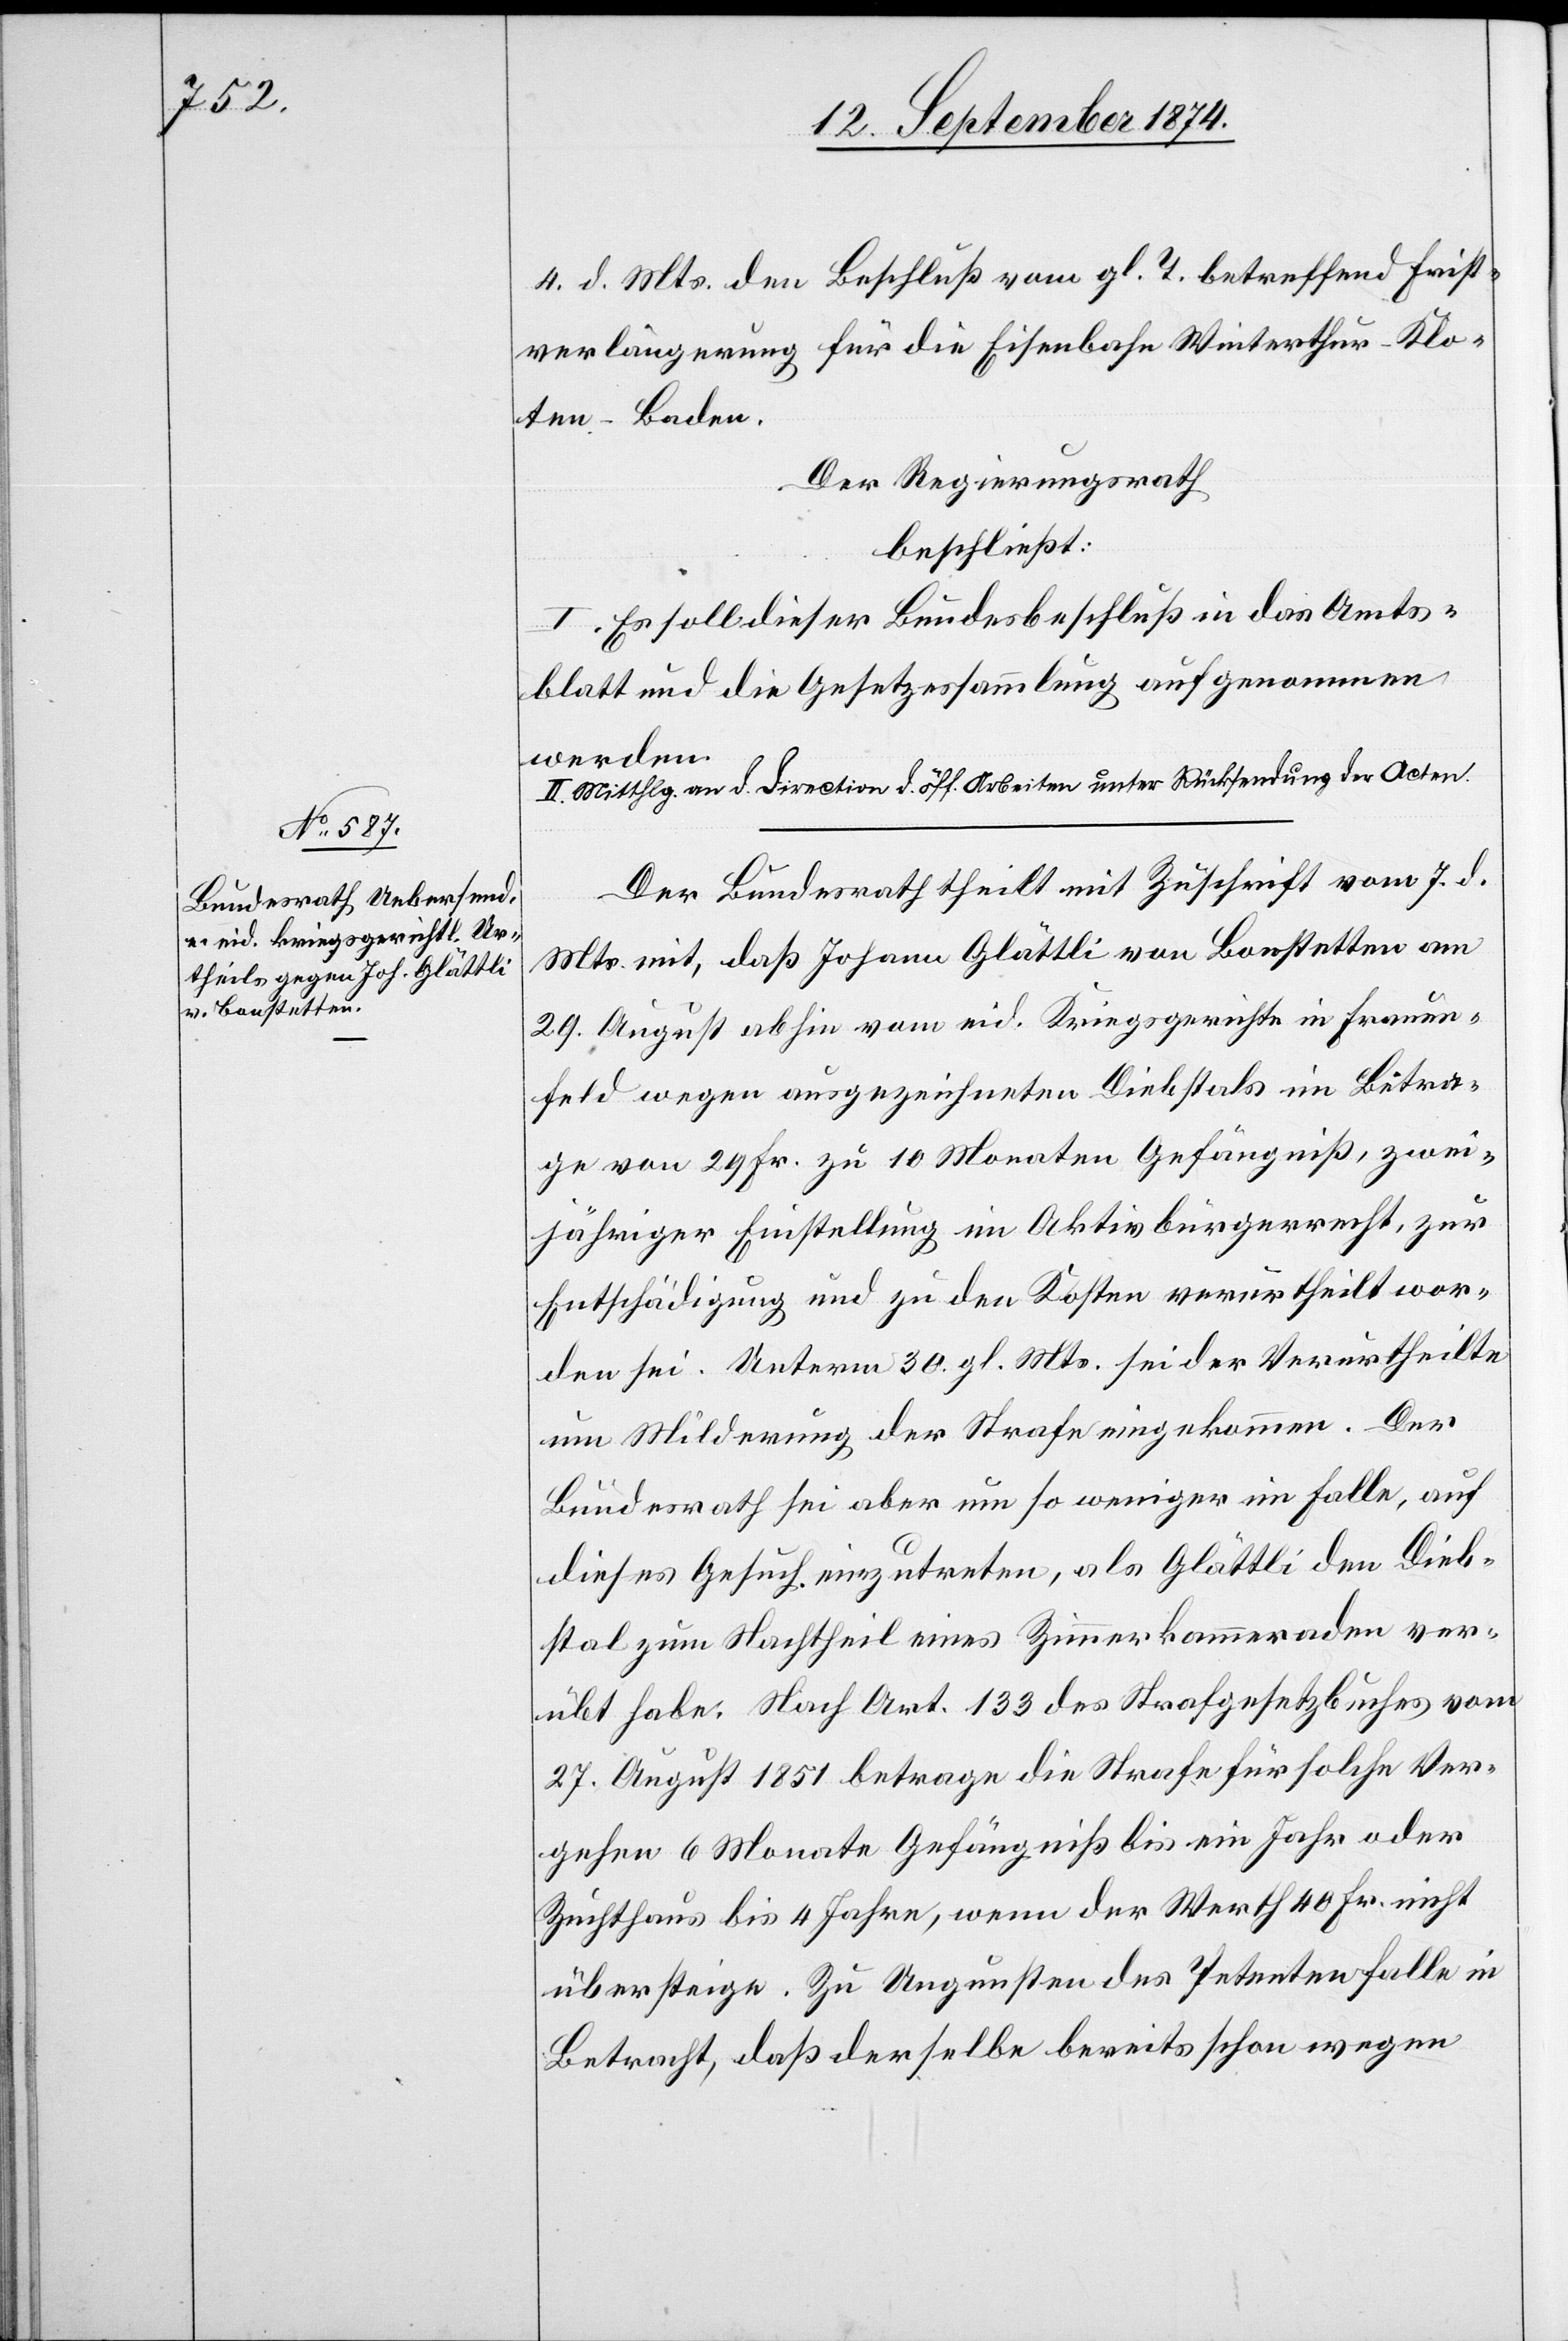
4. d. Mts. den Beschluß vom gl. T. betreffend Frist¬
verlängerung für die Eisenbahn Winterthur–Klo¬
ten–Baden.
Der Regierungsrath
beschließt:
I. Es solle dieser Bundesbeschluß in das Amts¬
blatt und die Gesetzessammlung aufgenommen
werden.
[II.]a-Mitthlg. an d. Direction d. öff. Arbeiten unter Rücksendung der Acten.-a
Der Bundesrath theilt mit Zuschrift vom 7. d.
Mts. mit, daß Johann Glättli von Bonstetten am
29. August abhin vom eid. Kriegsgerichte in Frauen¬
feld wegen ausgezeichneten Diebstals im Betra¬
ge von 29 Fr. zu 10 Monaten Gefängniß, zwei¬
jähriger Einstellung im Aktivbürgerrecht, zur
Entschädigung und zu den Kosten verurtheilt wor¬
den sei. Unterm 30 gl. Mts. sei der Verurtheilte
um Milderung der Strafe eingekommen. Der
Bundesrath sei aber um so weniger im Falle, auf
dieses Gesuch einzutreten, als Glättli den Dieb¬
stal zum Nachtheil eines Zimmerkammeraden ver¬
übt habe. Nach Art. 133 des Strafgesetzbuches vom
27. August 1851 betrage die Strafe für solche Ver¬
gehen 6 Monate Gefängniß bis ein Jahr oder
Zuchthaus bis 4 Jahre, wenn der Werth 40 Fr. nicht
übersteige. Zu Ungunsten des Petenten falle in
Betracht, daß derselbe bereits schon wegen